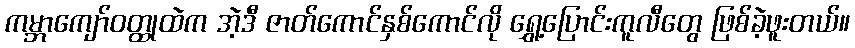
ကမ္ဘာကျော်ဝတ္ထုထဲက အဲ့ဒီ ဇာတ်ကောင်နှစ်ကောင်လို ရွှေ့ပြောင်းကူလီတွေ ဖြစ်ခဲ့ဖူးတယ်။